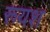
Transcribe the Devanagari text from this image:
रूयश